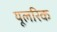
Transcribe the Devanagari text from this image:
यूलरिक